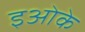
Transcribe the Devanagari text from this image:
इओके